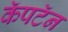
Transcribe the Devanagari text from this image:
कॅपटॅन